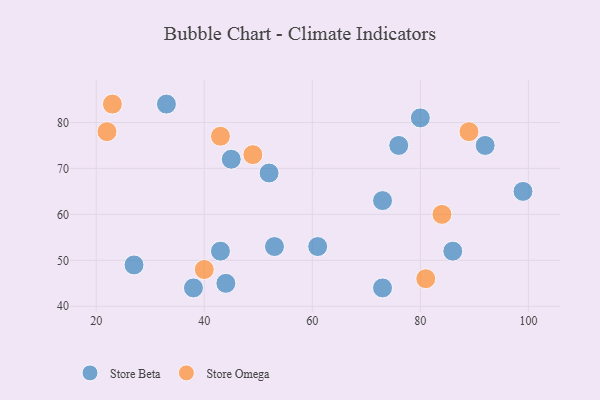
{"axis": {"x": "GDP", "y": "Life Expectancy"}, "legend": ["Store Beta", "Store Omega"], "data": [{"x": "38", "y": 44, "type": "Store Beta"}, {"x": "53", "y": 53, "type": "Store Beta"}, {"x": "33", "y": 84, "type": "Store Beta"}, {"x": "61", "y": 53, "type": "Store Beta"}, {"x": "45", "y": 72, "type": "Store Beta"}, {"x": "92", "y": 75, "type": "Store Beta"}, {"x": "80", "y": 81, "type": "Store Beta"}, {"x": "99", "y": 65, "type": "Store Beta"}, {"x": "52", "y": 69, "type": "Store Beta"}, {"x": "44", "y": 45, "type": "Store Beta"}, {"x": "27", "y": 49, "type": "Store Beta"}, {"x": "73", "y": 44, "type": "Store Beta"}, {"x": "43", "y": 52, "type": "Store Beta"}, {"x": "73", "y": 63, "type": "Store Beta"}, {"x": "86", "y": 52, "type": "Store Beta"}, {"x": "76", "y": 75, "type": "Store Beta"}, {"x": "89", "y": 78, "type": "Store Omega"}, {"x": "22", "y": 78, "type": "Store Omega"}, {"x": "40", "y": 48, "type": "Store Omega"}, {"x": "23", "y": 84, "type": "Store Omega"}, {"x": "84", "y": 60, "type": "Store Omega"}, {"x": "81", "y": 46, "type": "Store Omega"}, {"x": "49", "y": 73, "type": "Store Omega"}, {"x": "43", "y": 77, "type": "Store Omega"}]}